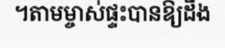
។តាមម្ចាស់ផ្ទះបានឱ្យដឹង